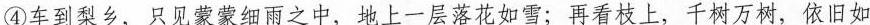
④车到梨乡，只见蒙蒙细雨之中，地上一层落花如雪；再看枝上，千树万树，依旧如